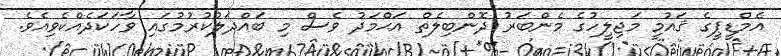
އެމްޑީޕީގެ ޤައުމީ މަޖިލީހުގެ މެންބަރު ދޮންބިލެތް އަޙްމަދު ވެސް މި ބައްދަލުކުރުމުގައި ވާހަކަދެއްކެވިއެވެ.